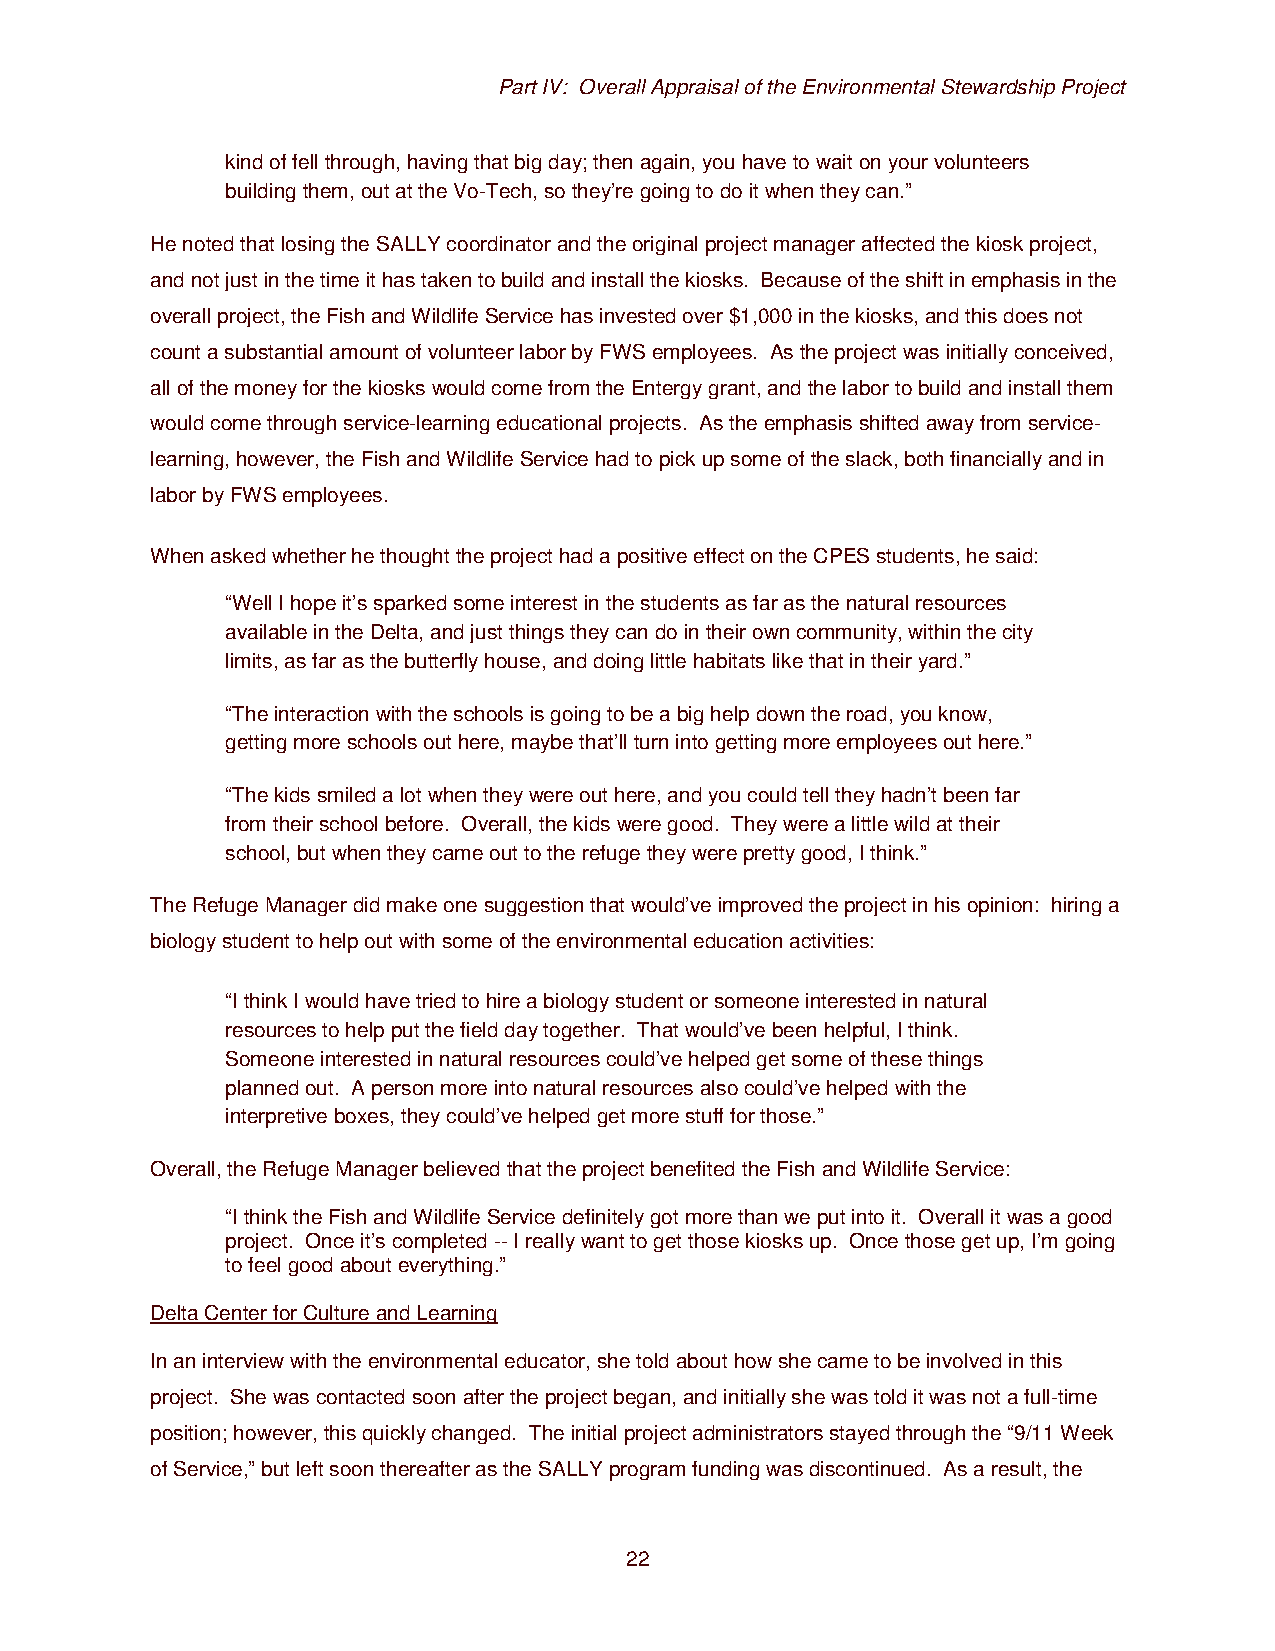
Part IV: Overall Appraisal of the Environmental Stewardship Project
 kind of fell through, having that big day; then again, you have to wait on your volunteers
 building them, out at the Vo-Tech, so they’re going to do it when they can.”
 He noted that losing the SALLY coordinator and the original project manager affected the kiosk project,
 and not just in the time it has taken to build and install the kiosks. Because of the shift in emphasis in the
 overall project, the Fish and Wildlife Service has invested over $1,000 in the kiosks, and this does not
 count a substantial amount of volunteer labor by FWS employees. As the project was initially conceived,
 all of the money for the kiosks would come from the Entergy grant, and the labor to build and install them
 would come through service-learning educational projects. As the emphasis shifted away from service-
 learning, however, the Fish and Wildlife Service had to pick up some of the slack, both financially and in
 labor by FWS employees.
 When asked whether he thought the project had a positive effect on the CPES students, he said:
 “Well I hope it’s sparked some interest in the students as far as the natural resources
 available in the Delta, and just things they can do in their own community, within the city
 limits, as far as the butterfly house, and doing little habitats like that in their yard.”
 “The interaction with the schools is going to be a big help down the road, you know,
 getting more schools out here, maybe that’ll turn into getting more employees out here.”
 “The kids smiled a lot when they were out here, and you could tell they hadn’t been far
 from their school before. Overall, the kids were good. They were a little wild at their
 school, but when they came out to the refuge they were pretty good, I think.”
 The Refuge Manager did make one suggestion that would’ve improved the project in his opinion: hiring a
 biology student to help out with some of the environmental education activities:
 “I think I would have tried to hire a biology student or someone interested in natural
 resources to help put the field day together. That would’ve been helpful, I think.
 Someone interested in natural resources could’ve helped get some of these things
 planned out. A person more into natural resources also could’ve helped with the
 interpretive boxes, they could’ve helped get more stuff for those.”
 Overall, the Refuge Manager believed that the project benefited the Fish and Wildlife Service:
 “I think the Fish and Wildlife Service definitely got more than we put into it. Overall it was a good
 project. Once it’s completed -- I really want to get those kiosks up. Once those get up, I’m going
 to feel good about everything.”
 Delta Center for Culture and Learning
 In an interview with the environmental educator, she told about how she came to be involved in this
 project. She was contacted soon after the project began, and initially she was told it was not a full-time
 position; however, this quickly changed. The initial project administrators stayed through the “9/11 Week
 of Service,” but left soon thereafter as the SALLY program funding was discontinued. As a result, the
 22